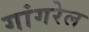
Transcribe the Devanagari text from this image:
गांगरेल